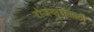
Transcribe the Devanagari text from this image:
रोजगारांसाठी